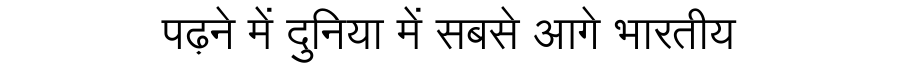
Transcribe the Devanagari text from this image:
पढ़ने में दुनिया में सबसे आगे भारतीय